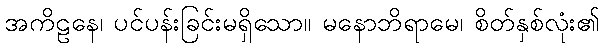
အကိဠနေ၊ ပင်ပန်းခြင်းမရှိသော။ မနောဘိရာမေ၊ စိတ်နှစ်လုံး၏